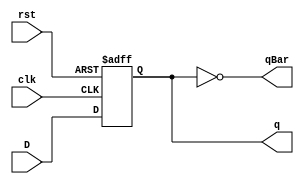
module DFlipFlop(q, qBar, D, clk, rst);
	input D, clk, rst;
	output q, qBar;
	reg q;
	not n1 (qBar, q);
		always@ (negedge rst or posedge clk)
		begin
			if(!rst)
				q <= 0;
			else
				q <= D;
		end
endmodule